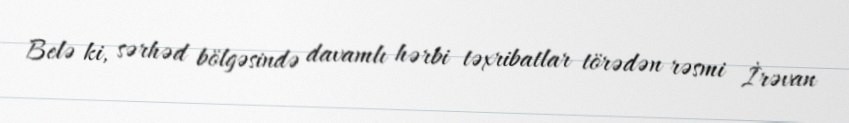
Belə ki, sərhəd bölgəsində davamlı hərbi təxribatlar törədən rəsmi İrəvan